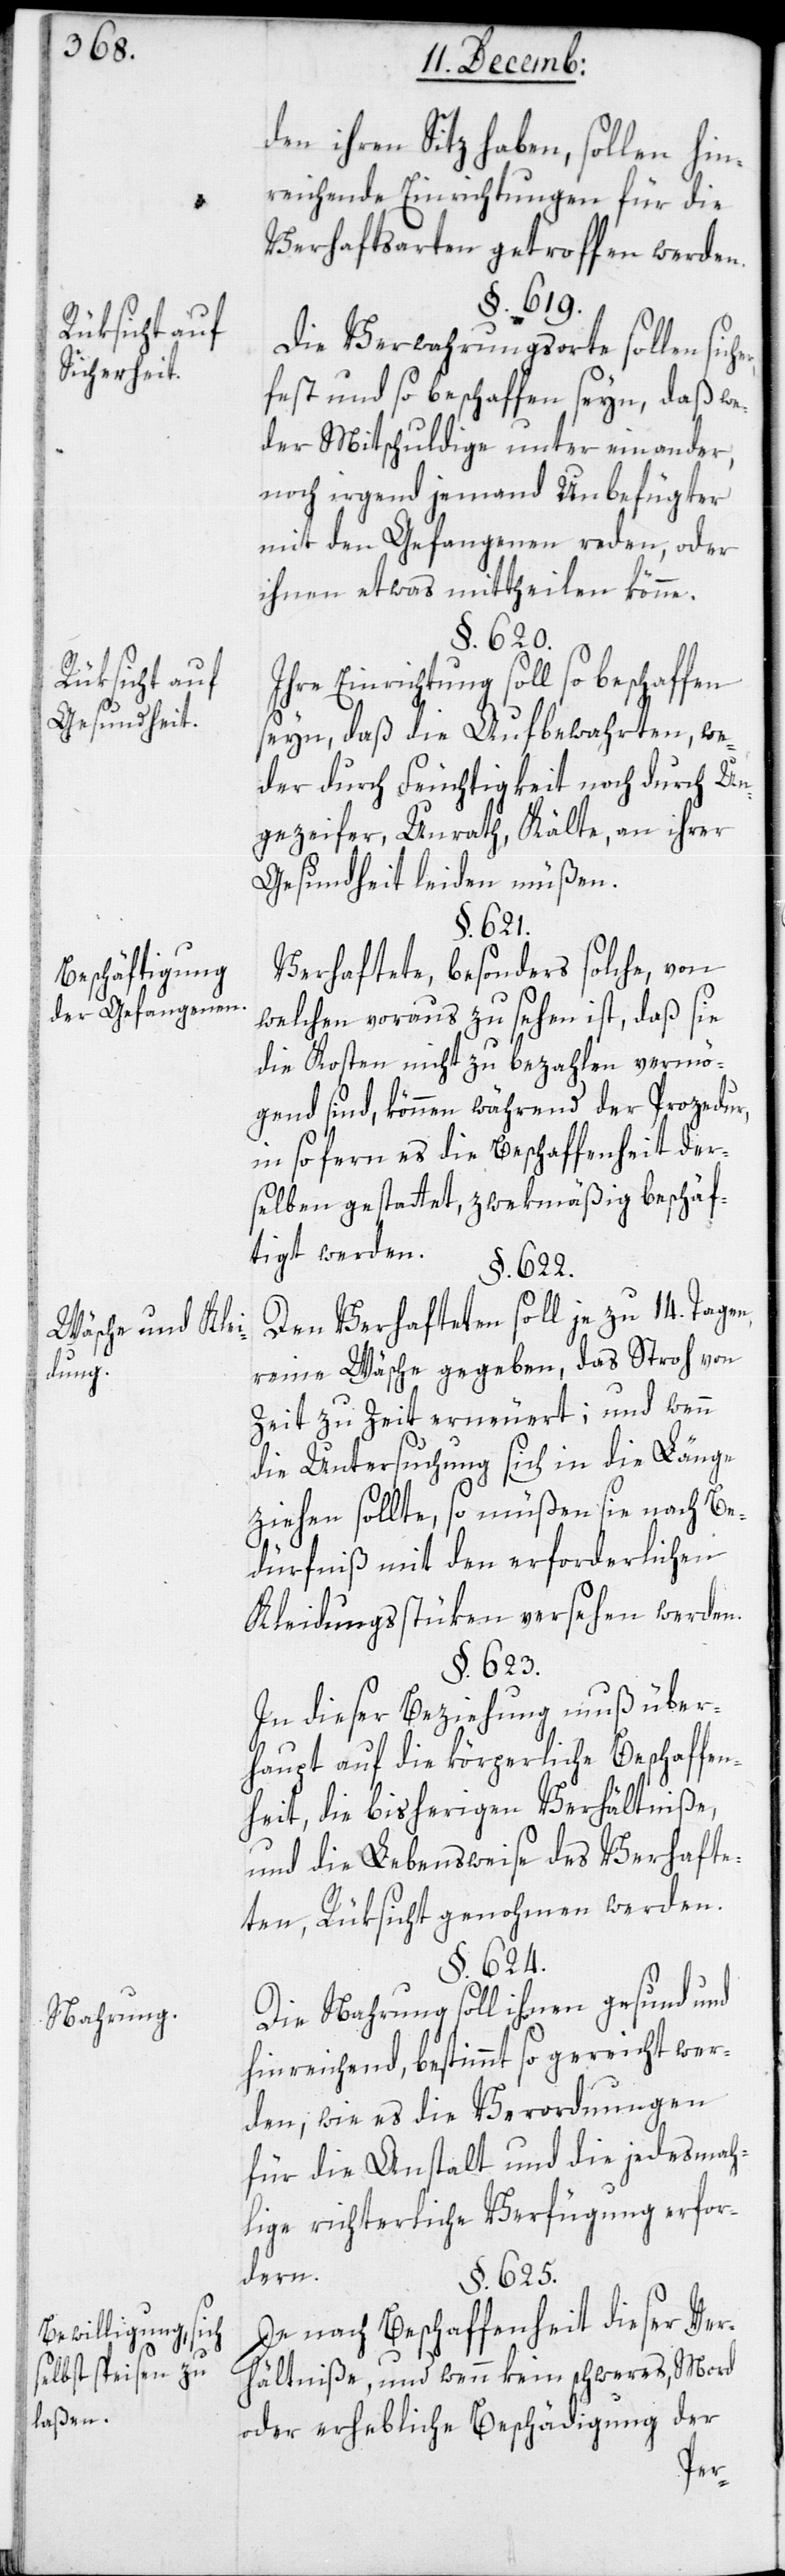
Sicherheit.
Rüksicht auf
Gesundheit.
Beschäftigung
der Gefangenen.
Wäsche und Klei¬
dung.
Nahrung.
Bewilligung, sich
selbst speisen zu
laßen.

den ihren Sitz haben, sollen hin¬
reichende Einrichtungen für die
Verhaftsarten getroffen werden.
§. 619.
Die Verwahrungsorte sollen sic¬
fest und so beschaffen seyn, daß we¬
der Mitschuldige unter einander,
noch irgend jemand Unbefugter
mit den Gefangenen reden, oder
ihnen etwas mittheilen könne.
§. 620.
Ihre Einrichtung soll so beschaffen
seyn, daß die Aufbewahrten, we¬
der durch Feuchtigkeit noch durch Un¬
gezeifer, Unrath, Kälte, an ihrer
Gesundheit leiden müßen.
§. 621.
Verhaftete, besonders solche, von
welchen voraus zu sehen ist, daß sie
die Kosten nicht zu bezahlen vermö¬
gend sind, können während der Prozedur,
in so fern es die Beschaffenheit der¬
selben gestattet, zwekmäßig beschäf¬
tigt werden.
§. 622.
Den Verhafteten soll je zu 14. Tagen
reine Wäsche gegeben, das Stroh von
Zeit zu Zeit erneuert, und wenn
die Untersuchung sich in die Länge
ziehen sollte, so müßen sie nach Be¬
dürfniß mit den erforderlichen
Kleidungsstüken versehen werden.
§. 623.
In dieser Beziehung muß über¬
haupt auf die körperliche Beschaffen¬
heit, die bisherigen Verhältniße,
und die Lebensweise des Verhafte¬
ten, Rüksicht genohmen werden.
§. 624.
Die Nahrung soll ihnen gesund und
hinreichend, bestimmt so gereicht wer¬
den, wie es die Verordnungen
für die Anstalt und die jedesmah¬
lige richterliche Verfügung erfor¬
dern.
§. 625.
Je nach Beschaffenheit dieser Ver¬
hältniße, und wenn kein schwerer, Mord
oder erhebliche Beschädigung der
her,